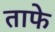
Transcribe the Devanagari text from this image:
ताफे